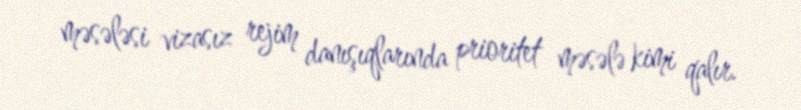
məsələsi vizasız rejim danışıqlarında prioritet məsələ kimi qalır.